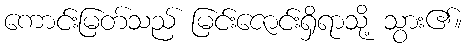
ကောင်းမြတ်သည် မြင်းဇောင်းရှိရာသို့ သွား၏။